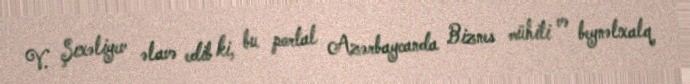
V. Şıxəliyev əlavə edib ki, bu portal Azərbaycanda Biznes mühiti və beynəlxalq